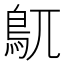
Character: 𮬦